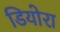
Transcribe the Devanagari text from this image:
डियोरा